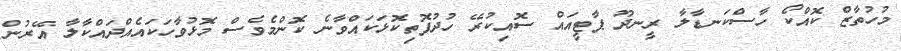
މުހުތާޒް ކޮއްކޯ ހާސްކަނޑާލާ ރީނދޫ ޕާޓީއައް ސޮއިކުރޭ ހުދުފޮތިކޮޅަކައްވާނެ ކޮންމެވެސް މޮޅުވާހަކައެއްދައްކާލާ އޭރުން